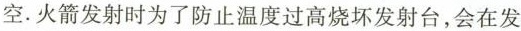
空。火箭发射时为了防止温度过高烧坏发射台，会在发